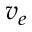
v _ { e }